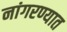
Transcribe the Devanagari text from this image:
नांगरण्यात